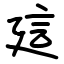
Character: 𧥡